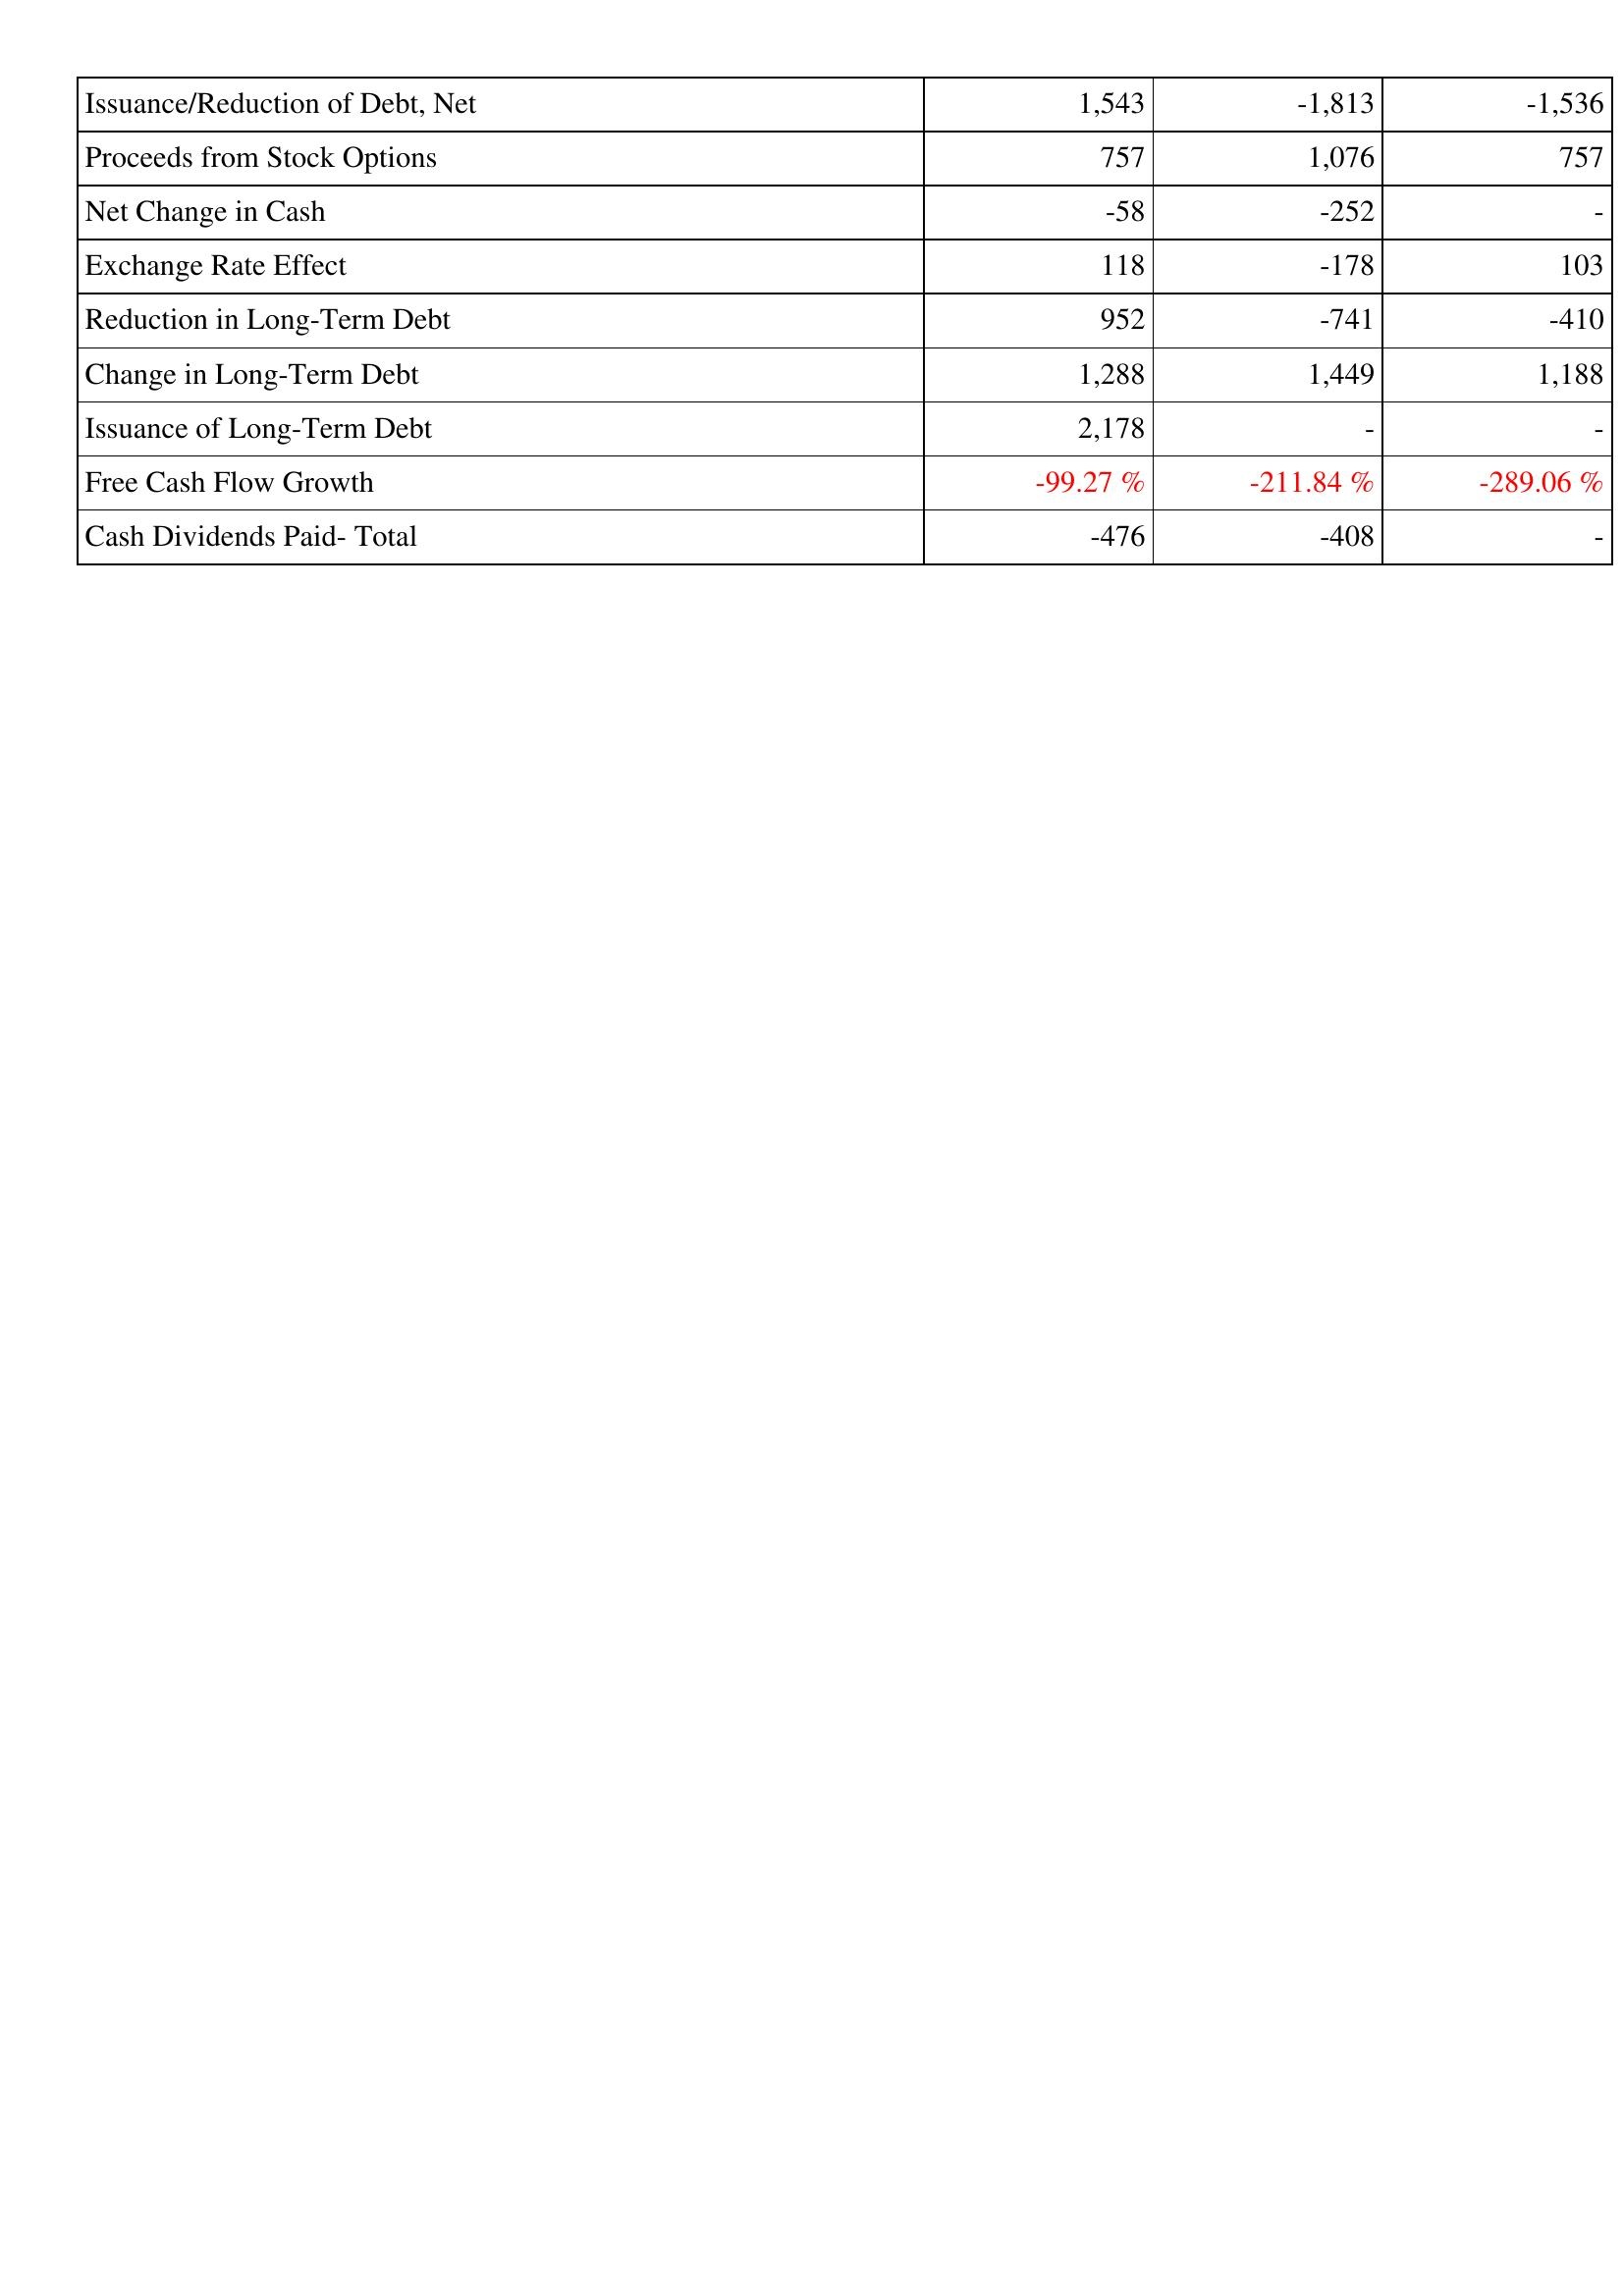
2016: Financing Activities: Issuance/Reduction of Debt, Net: 1,543
Proceeds from Stock Options: 757
Net Change in Cash: -58
Exchange Rate Effect: 118
Reduction in Long-Term Debt: 952
Change in Long-Term Debt: 1,288
Issuance of Long-Term Debt: 2,178
Free Cash Flow Growth: -99.27 %
Cash Dividends Paid- Total: -476
2015: Financing Activities: Issuance/Reduction of Debt, Net: -1,813
Proceeds from Stock Options: 1,076
Net Change in Cash: -252
Exchange Rate Effect: -178
Reduction in Long-Term Debt: -741
Change in Long-Term Debt: 1,449
Issuance of Long-Term Debt: -
Free Cash Flow Growth: -211.84 %
Cash Dividends Paid- Total: -408
2014: Financing Activities: Issuance/Reduction of Debt, Net: -1,536
Proceeds from Stock Options: 757
Net Change in Cash: -
Exchange Rate Effect: 103
Reduction in Long-Term Debt: -410
Change in Long-Term Debt: 1,188
Issuance of Long-Term Debt: -
Free Cash Flow Growth: -289.06 %
Cash Dividends Paid- Total: -